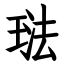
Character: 琺